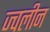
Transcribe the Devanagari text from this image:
ज्वलीन